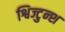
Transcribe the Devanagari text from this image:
श्विज्टुन्श